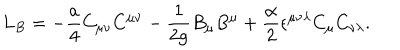
LaTeX: L _ { B } = - { \frac { a } { 4 } } C _ { \mu \nu } C ^ { \mu \nu } - { \frac { 1 } { 2 g } } B _ { \mu } B ^ { \mu } + { \frac { \alpha } { 2 } } \epsilon ^ { \mu \nu \lambda } C _ { \mu } C _ { \nu \lambda } .